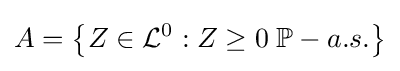
A=\left\{Z\in {\mathcal {L}}^{0}:Z\geq 0\;\mathbb {P} -a.s.\right\}